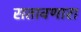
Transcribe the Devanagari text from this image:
सतावणारा